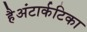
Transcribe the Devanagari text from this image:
हैअंटार्कटिका